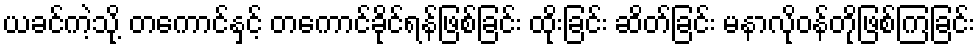
ယခင်ကဲ့သို့ တကောင်နှင့် တကောင်ခိုင်ရန်ဖြစ်ခြင်း ထိုးခြင်း ဆိတ်ခြင်း မနာလိုဝန်တိုဖြစ်ကြခြင်း